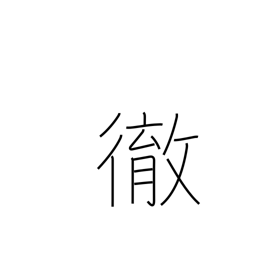
Meaning: pierce